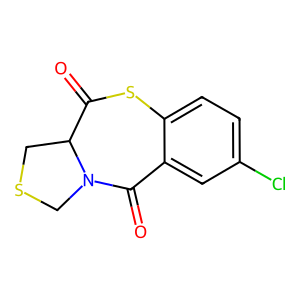
SMILES: O=C1Sc2ccc(Cl)cc2C(=O)N2CSCC12
Inhibits HIV replication: No